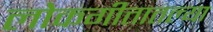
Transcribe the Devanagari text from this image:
लोकगीतातल्या